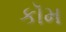
કૉમ